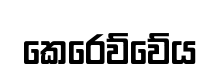
කෙරෙව්වේය